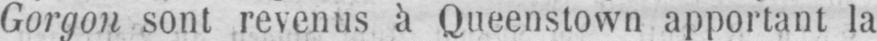
Gorgon sont revenus à Queenstown apportant la